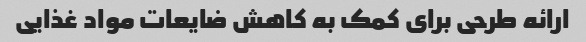
ارائه طرحی برای کمک به کاهش ضایعات مواد غذایی